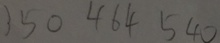
1 5 0 4 6 4 5 4 0